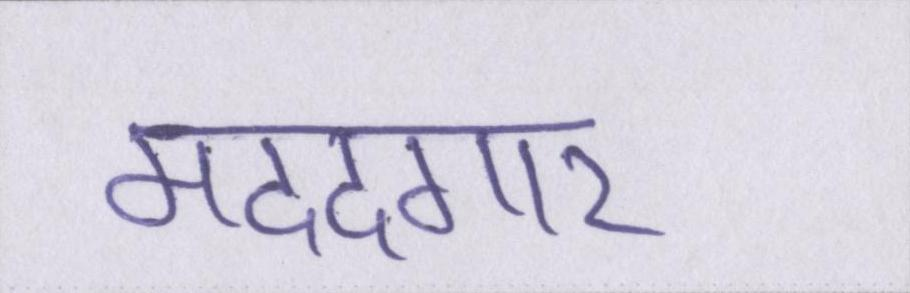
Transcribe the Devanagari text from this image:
मददगार